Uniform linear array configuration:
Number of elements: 32
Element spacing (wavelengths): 0.75
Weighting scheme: hamming
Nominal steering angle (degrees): -30
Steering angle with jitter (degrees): -29.064
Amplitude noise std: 0.05
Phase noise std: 0.05

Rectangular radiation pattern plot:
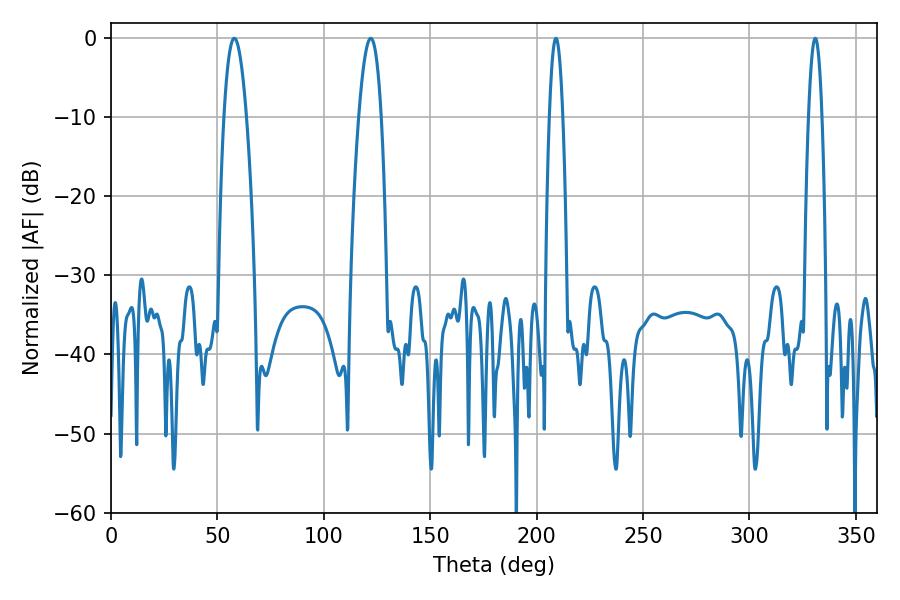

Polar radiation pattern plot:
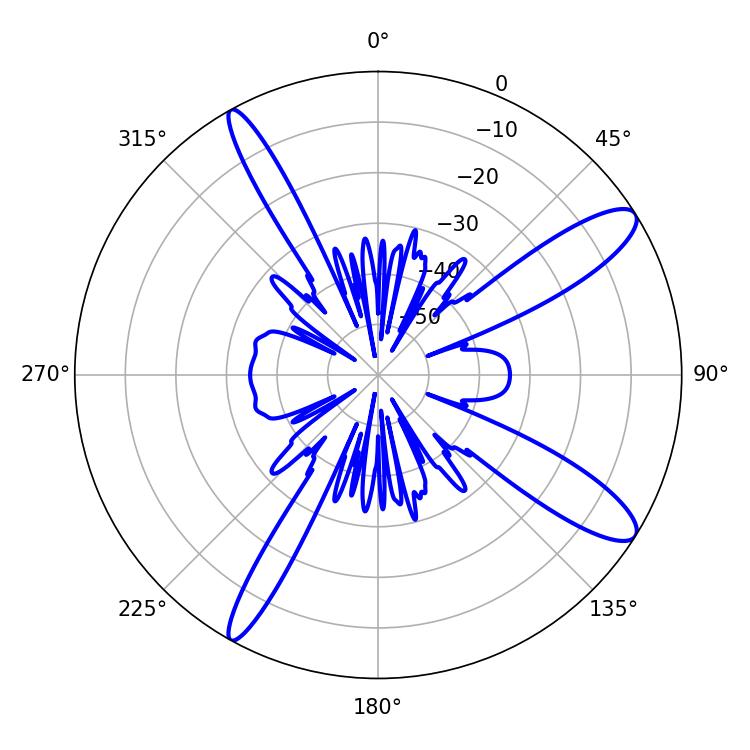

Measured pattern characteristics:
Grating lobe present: TRUE
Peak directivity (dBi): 12.148
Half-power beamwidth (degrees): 5.94
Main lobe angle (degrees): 57.96